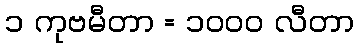
၁ ကုဗမီတာ = ၁၀၀၀ လီတာ